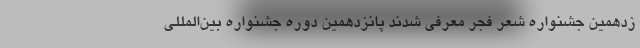
زدهمین جشنواره شعر فجر معرفی شدند پانزدهمین دوره جشنواره بین‌المللی